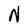
Character: N